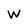
Character: W